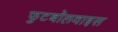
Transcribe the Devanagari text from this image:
फुटबॉलवाइस